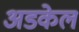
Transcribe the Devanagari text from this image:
अडकेल